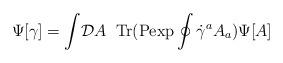
LaTeX: \begin{align*}\Psi[\gamma] =\int\!{\cal D}A\;\;\mbox{Tr(Pexp}\oint\dot\gamma^a A_a)\Psi[A]\end{align*}